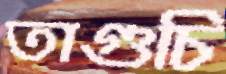
তাগুচি